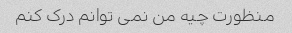
منظورت چیه من نمی توانم درک کنم